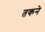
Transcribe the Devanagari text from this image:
तकने